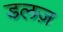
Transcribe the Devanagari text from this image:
डलज़